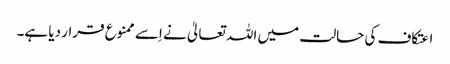
اعتکاف کی حالت میں اللہ تعالیٰ نے اِسے ممنوع قرار دیا ہے۔